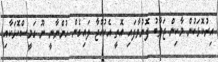
އިރުކޮޅަކުން މާކިން ޖަވާބު ފޮނުވާފައި އޮތީ އެކުއްޖާ ލައިގެން ހުންނާނީ ނޫ ގަމީސްކޮޅަކާއި